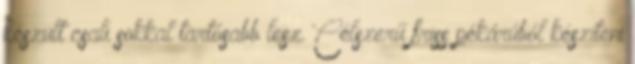
készült csali sokkal tartósabb lesz. Célszerű friss pékárúból készíteni